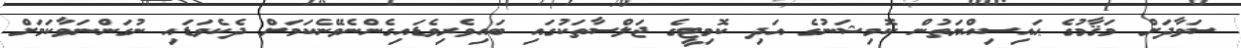
ސަވާދަށް މަޤާމުގެ ޙައިސިއްޔަތުން ކޮމިޝަނުގެ އަދި ކޮމިޓީގެ ޖަލްސާތަކުގައި ބައިވެރިވެޑައިގެންނެވޭނެކަމަށް ދެކެވަޑައި ނުގަންނަވާކަމަށް